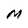
Character: M